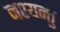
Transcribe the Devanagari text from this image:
नश्यन्तु